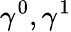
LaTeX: \gamma^{0},\gamma^{1}